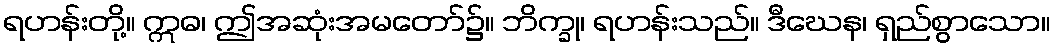
ရဟန်းတို့။ ဣဓ၊ ဤအဆုံးအမတော်၌။ ဘိက္ခု၊ ရဟန်းသည်။ ဒီဃေန၊ ရှည်စွာသော။